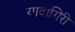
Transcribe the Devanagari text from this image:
यादागिरी